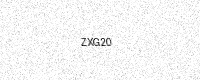
Text: ZXG20